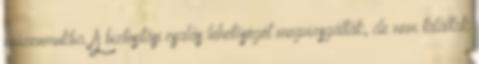
múzeumukba. A biztosítási csalás lehetőségét megvizsgálták, de nem találtak